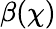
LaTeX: \beta(\chi)